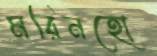
মরিনহো